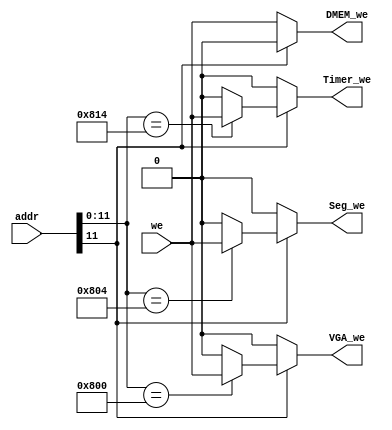
module WriteSelect(
	input [31:0]addr,
	input we,
	output reg DMEM_we,
	output reg Seg_we,
	output reg VGA_we,
	output reg Timer_we
);

	always @(*) begin
		if(addr[11] == 1'b1) begin
			//
			case(addr[11:0])
				12'h800: begin
					VGA_we = we;
					Seg_we = 1'b0;
					DMEM_we = 1'b0;
					Timer_we = 1'b0;
				end
				12'h804: begin
					VGA_we = 1'b0;
					Seg_we = we;
					DMEM_we = 1'b0;
					Timer_we = 1'b0;
				end
				12'h814: begin
					VGA_we = 1'b0;
					Seg_we = 1'b0;
					DMEM_we = 1'b0;
					Timer_we = we;
				end
				default: begin
					VGA_we = 1'b0;
					Seg_we = 1'b0;
					DMEM_we = 1'b0;
					Timer_we = 1'b0;
				end
			endcase
		end else begin
			//DMEM
			VGA_we = 1'b0;
			Seg_we = 1'b0;
			DMEM_we = we;
			Timer_we = 1'b0;
		end
	end
endmodule